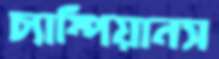
চ্যাম্পিয়ানস